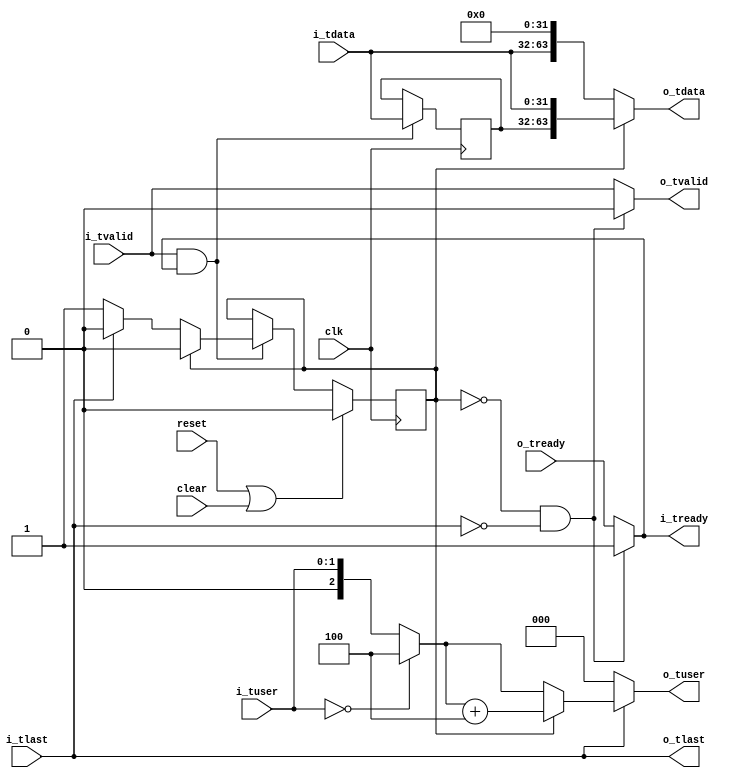

module axi_fifo32_to_fifo64
  (input clk, input reset, input clear,
   input [31:0] i_tdata, input [1:0] i_tuser, input i_tlast, input i_tvalid, output i_tready,
   output [63:0] o_tdata, output [2:0] o_tuser, output o_tlast, output o_tvalid, input o_tready
   );

   reg [31:0] 	 holding;

   reg 		 state;

   always @(posedge clk)
     if(reset | clear)
       state <= 0;
     else
       if(i_tvalid & i_tready)
       case(state)
	 0 : if(~i_tlast) state <= 1'b1;
    	 1 : state <= 1'b0;
	 default : state <= 1'b0;
       endcase // case (state)

   always @(posedge clk)
     if(i_tvalid & i_tready)
       holding <= i_tdata;
   
   assign i_tready = (state == 0 && !i_tlast)? 1'b1 : o_tready;
   assign o_tvalid = (state == 0 && !i_tlast)? 1'b0 : i_tvalid;
   
   assign o_tdata = (state == 0) ? {i_tdata, 32'h0} : { holding, i_tdata };
   assign o_tlast = i_tlast;

   wire [2:0] 	 occ_in = (i_tuser == 0) ? 3'd4 : {1'b0, i_tuser};
   wire [2:0] 	 occ_out = (state == 0) ? occ_in : (occ_in + 3'd4);
   
   assign o_tuser = ~o_tlast ? 3'd0 : occ_out;
   	 
endmodule // axi_fifo32_to_fifo64